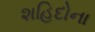
શહિદોના